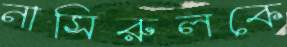
নাসিরুলকে